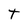
Character: t